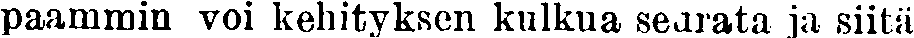
paammin voi kehityksen kulkua seurata ja siitä